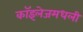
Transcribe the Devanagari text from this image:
कॉइलेजमधली